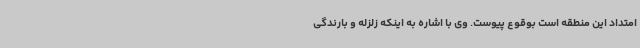
امتداد این منطقه است بوقوع پیوست. وی با اشاره به اینکه زلزله و بارندگی